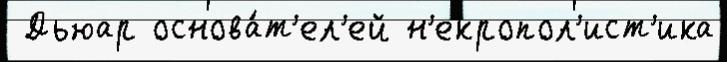
 Дьюар основа́т'ел'ей н'екропол'ист'ика